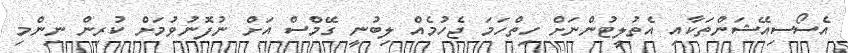
އެސޯސިއޭޝަންތަކާއި އެތުލީޓުންނަށް ހިތްހަމަ ޖެހުމެއް ލިބުނީ ގޭމްސް އަށް ނުފޮނުވުމަށް ކުރިން ނިންމި